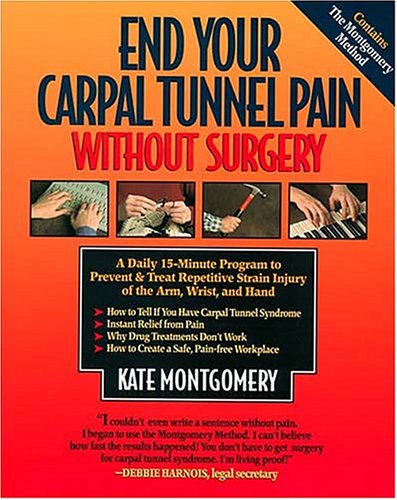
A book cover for End Your Carpal Tunnel Pain Without Surgery: A Daily 15-Minute Program to Prevent & Treat Repetitive Strain Injury of the Arm, Wrist, and Hand; Kate Montgomery; Health, Fitness & Dieting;